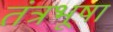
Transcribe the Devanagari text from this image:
तंत्रभूषा